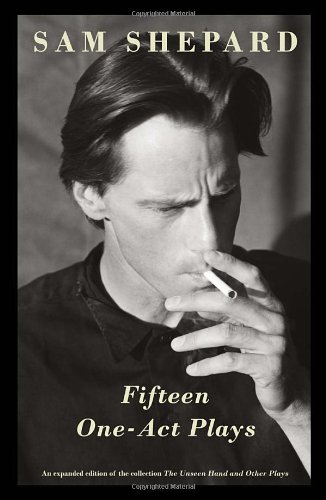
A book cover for Fifteen One-Act Plays; Sam Shepard; Literature & Fiction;